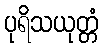
ပုရိသယုတ္တံ